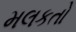
મલકતો